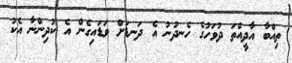
ތިއްބާ އާދީއްތަ ދުވަހުގެ ހެނދުނު އެ ދަނޑަށް ވަޑައިގެން އެ ކުދިންނާ އެކު